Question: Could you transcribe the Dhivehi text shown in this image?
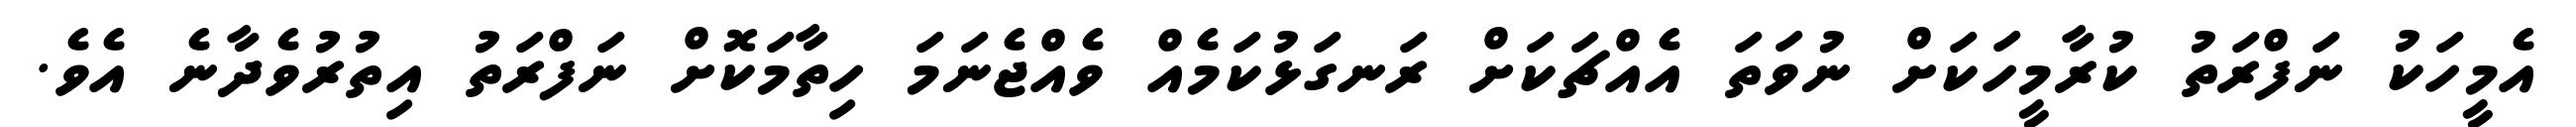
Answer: އެމީހަކު ނަފްރަތު ކުރާމީހަކަށް ނުވަތަ އެއްޗަކަށް ރަނގަޅުކަމެއް ވެއްޖެނަމަ ހިތާމަކޮށް ނަފްރަތު އިތުރުވެދާނެ އެވެ.